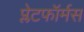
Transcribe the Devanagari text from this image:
प्लेटफॉर्मस